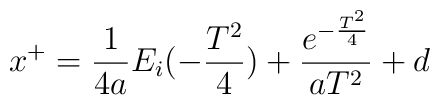
x^+ = \frac{1}{4a} E_i (-\frac{T^2}{4}) +      \frac{e^{-\frac{T^2}{4} }}      {a T^2 } +d